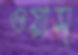
ওয়াস্